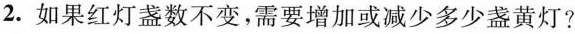
2.如果红灯盏数不变，需要增加或减少多少盏黄灯?